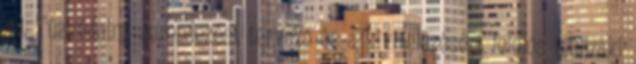
4.1. Tûzvédelmi berendezést tervezõ és a kivitelezésért felelõs mûszaki